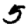
Digit: 5